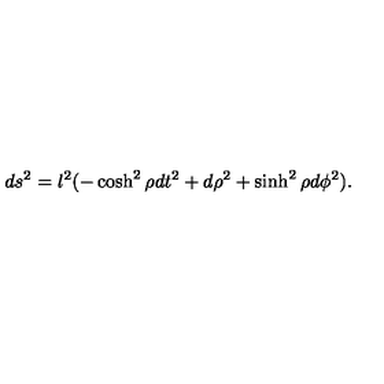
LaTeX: d s ^ { 2 } = l ^ { 2 } ( - \cosh ^ { 2 } \rho d t ^ { 2 } + d \rho ^ { 2 } + \sinh ^ { 2 } \rho d \phi ^ { 2 } ) .